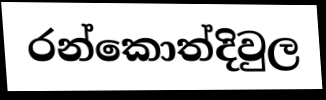
රන්කොත්දිවුල